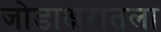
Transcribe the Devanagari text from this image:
जोडाक्षरातला